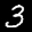
Label: 3